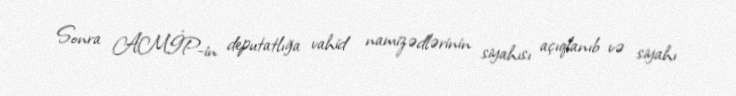
Sonra AMİP-in deputatlığa vahid namizədlərinin siyahısı açıqlanıb və siyahı